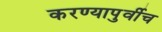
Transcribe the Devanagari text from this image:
करण्यापुर्वीच